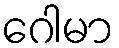
ဂေါမာ